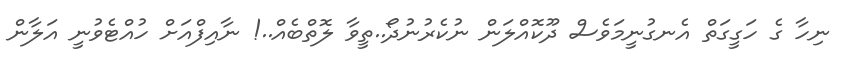
ނިހާ ގެ ހަގީގަތް އެނގުނީމަވެސް ދޫކޮއްލަން ނުކެރުނުދޯ..ތީވާ ލޮތްބެއް..! ނާއިފްއަށް ހުއްޓެވުނީ އަލާން